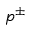
p ^ { \pm }